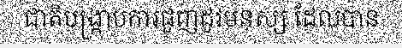
ជាតិបង្ក្រាបការជួញដូរមនុស្ស ដែលបាន